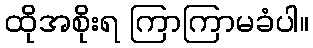
ထိုအစိုးရ ကြာကြာမခံပါ။